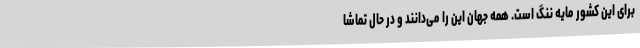
برای این کشور مایه ننگ است. همه جهان این را می‌دانند و در حال تماشا